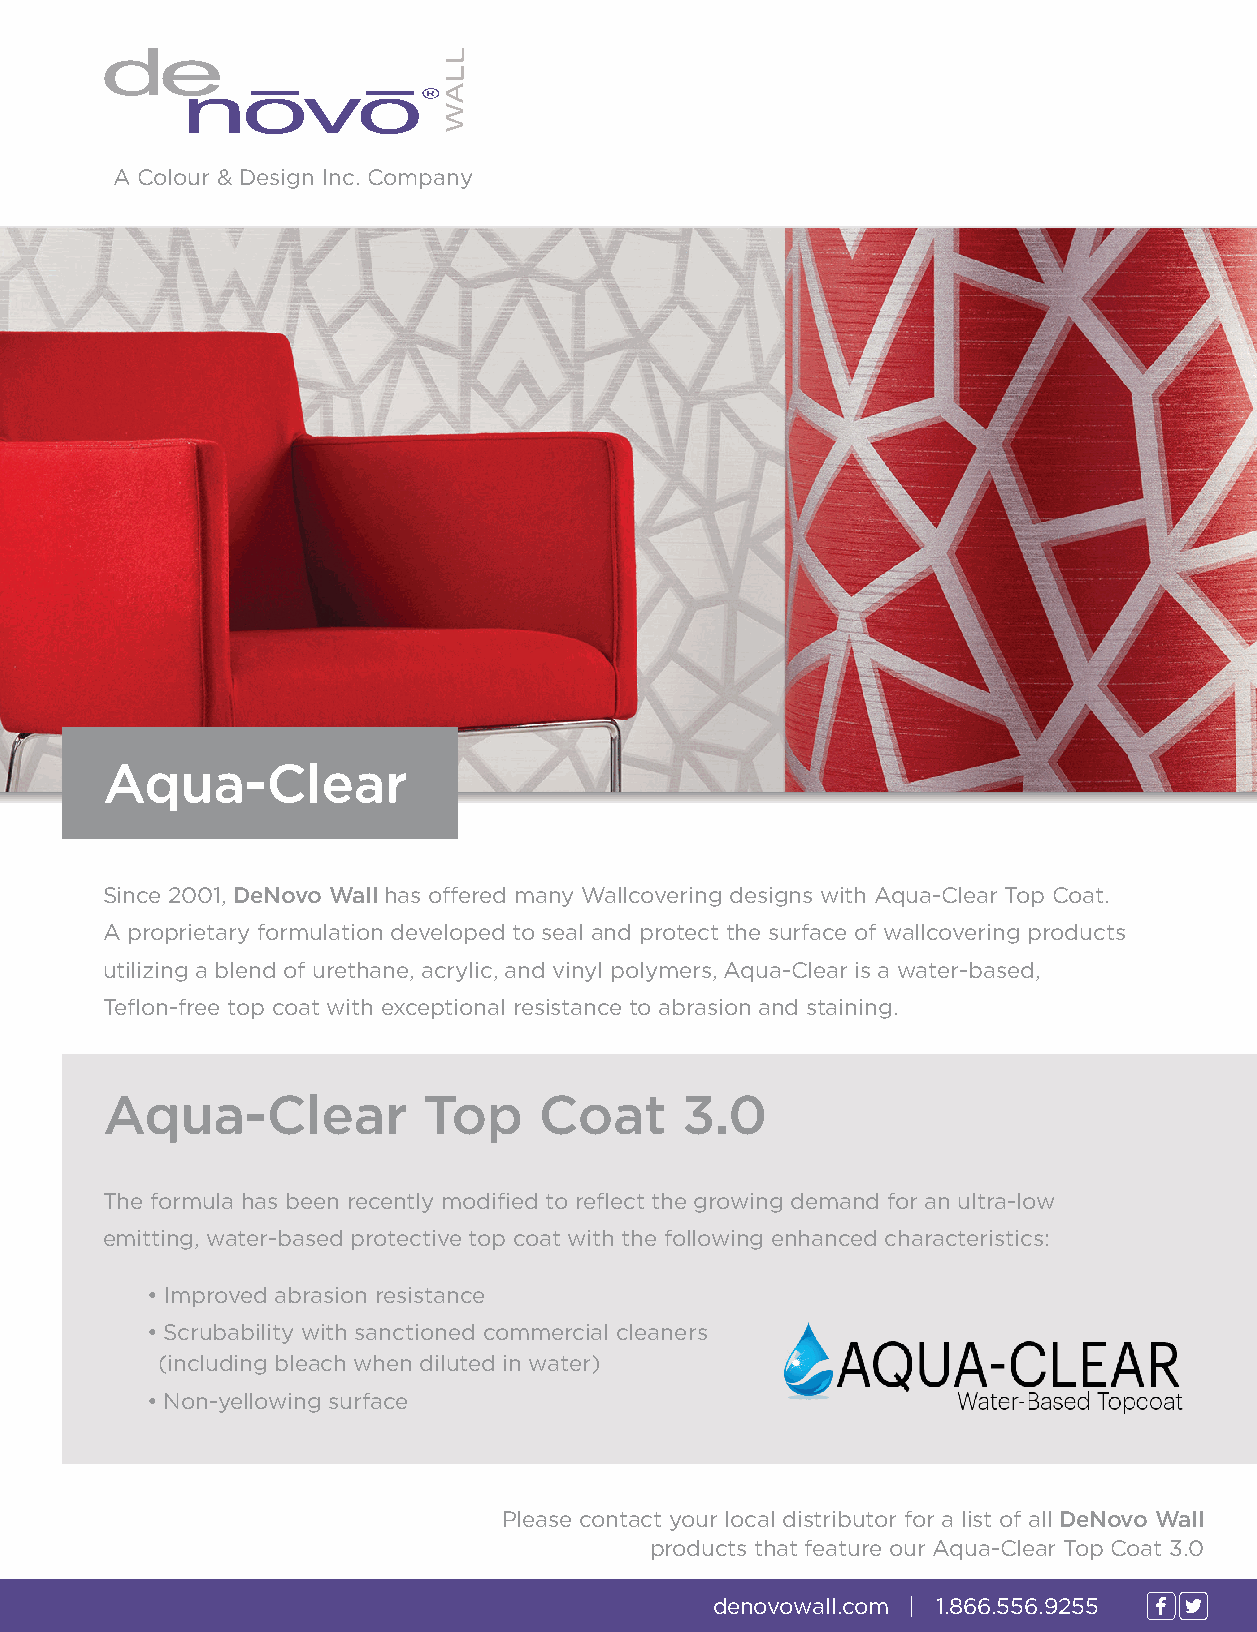
A Colour & Design Inc. Company
 Aqua-Clear
 Since 2001, DeNovo Wall has offered many Wallcovering designs with Aqua-Clear Top Coat.
 A proprietary formulation developed to seal and protect the surface of wallcovering products
 utilizing a blend of urethane, acrylic, and vinyl polymers, Aqua-Clear is a water-based,
 Teflon-free top coat with exceptional resistance to abrasion and staining.
 Aqua-Clear           Top     Coat     3.0
 The formula has been recently modified to reflect the growing demand for an ultra-low
 emitting, water-based protective top coat with the following enhanced characteristics:
 • Improved abrasion resistance
 • Scrubability with sanctioned commercial cleaners
 (including bleach when diluted in water)
 • Non-yellowing surface
 Please contact your local distributor for a list of all DeNovo Wall
 products that feature our Aqua-Clear Top Coat 3.0
 denovowall.com | 1.866.556.9255